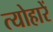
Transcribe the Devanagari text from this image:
त्योहारें